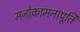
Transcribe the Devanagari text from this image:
मनोकामनापूर्ति